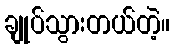
ချုပ်သွားတယ်တဲ့။